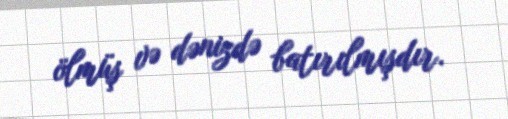
ölmüş və dənizdə batırılmışdır.